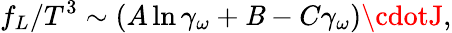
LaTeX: f_{L}/T^{3}\sim(A\ln\gamma_{\omega}+\mathit{B}-C\gamma_{\omega})\cdotJ,